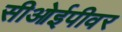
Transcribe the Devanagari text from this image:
सीओईपीवर